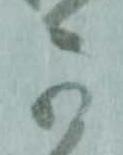
可